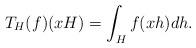
LaTeX: \begin{align*}T_H(f)(xH)=\int_Hf(xh)dh.\end{align*}